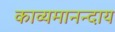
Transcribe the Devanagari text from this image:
काव्यमानन्दाय